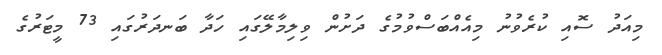
މިއަދު ސޮއި ކުރެވުނު މިއެއްބަސްވުމުގެ ދަށުން ވިލިމާލޭގައި ހަދާ ބަނދަރުގައި 73 މީޓަރުގެ